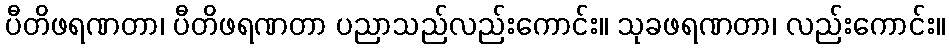
ပီတိဖရဏတာ၊ ပီတိဖရဏတာ ပညာသည်လည်းကောင်း။ သုခဖရဏတာ၊ လည်းကောင်း။